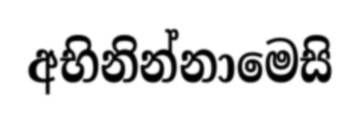
අභිනින්නාමෙසි